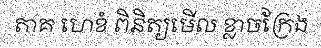
តាគ ហេខំ ពិនិត្យមើល ខ្លាចក្រែង